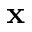
\mathbf { x }